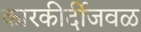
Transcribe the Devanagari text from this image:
कारकीर्दीजवळ